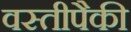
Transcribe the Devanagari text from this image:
वस्तीपैकी